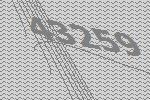
43259